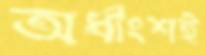
অর্ধাংশই